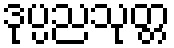
ဒုပ္ပညသုတ္တ